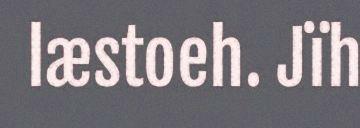
læstoeh. Jïh